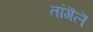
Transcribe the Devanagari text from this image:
तांगॆलॆ